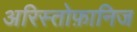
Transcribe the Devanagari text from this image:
अरिस्तोफ़ानिज